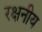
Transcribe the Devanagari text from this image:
रक्षनीय